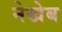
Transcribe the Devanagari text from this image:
नेखेब